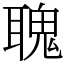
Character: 聭